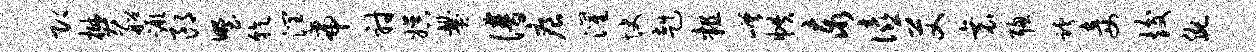
即樊船蹶郎野乾润帝射娱爨谱痕灌快赳粗嵯帙泰僖艾衰聪跨妾竣腕